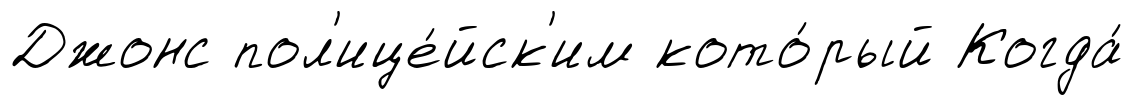
Джонс пол'ице́йск'им кото́рый Когда́